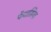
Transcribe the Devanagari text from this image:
फेंटासिया